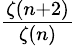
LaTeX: \textstyle{\frac{\zeta(n+2)}{\zeta(n)}}